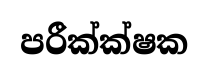
පරීක්ක්ෂක